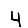
Digit: 4